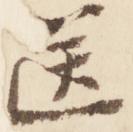
送